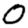
Digit: 0